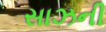
સાઝની